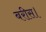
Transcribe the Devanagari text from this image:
बरीस।